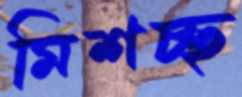
মিশচ্ছ